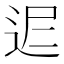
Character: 𨒈